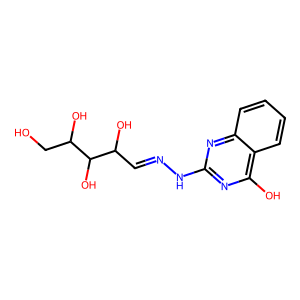
SMILES: OCC(O)C(O)C(O)C=NNc1nc(O)c2ccccc2n1
Inhibits HIV replication: No